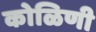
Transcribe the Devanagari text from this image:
कोळिणी